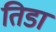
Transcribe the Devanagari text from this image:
तिडा